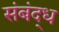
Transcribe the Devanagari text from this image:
संबंद्‌ध